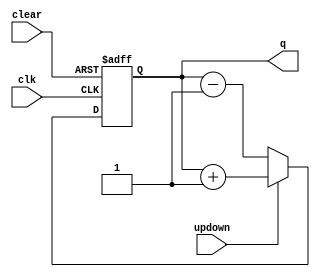
module updowncountermod(clk, clear, updown, q);

input clk;

input clear;

input updown;

output [3:0] q;

reg [3:0] q;

always@(posedge clear or posedge clk)

begin

if(clear)

q <=4'b0000;

else if(updown)

q <= q+1'b1;

else

q <= q-1'b1;

end

 

endmodule

module updowncountert_b;

reg clk;

reg clear;

reg updown;

wire [3:0] q;

updowncountermod uut (.clk(clk),.clear(clear), .updown(updown), .q(q)   );

initial begin

$monitor("Clock = %b : Clear = %b : Updown = %b : Q = %b",clk,clear,updown,q);
$dumpfile("updown.vcd");
$dumpvars;

clk = 0;

clear = 0;

updown = 0;

 

#5 clear=1'b1;

#5 clear=1'b0;

#100 updown=1'b1;

end

always #5 clk=~clk;

initial #150 $finish;

endmodule